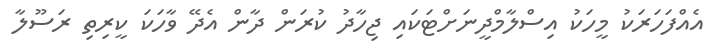
އެއްފަހަރަކު މީހަކު އިސްލާމްދީނަށްޓަކައި ޖިހާދު ކުރަން ދާން އެދޭ ވާހަކަ ކީރިތި ރަސޫލާ